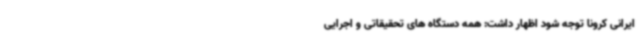
ایرانی کرونا توجه شود اظهار داشت: همه دستگاه های تحقیقاتی و اجرایی